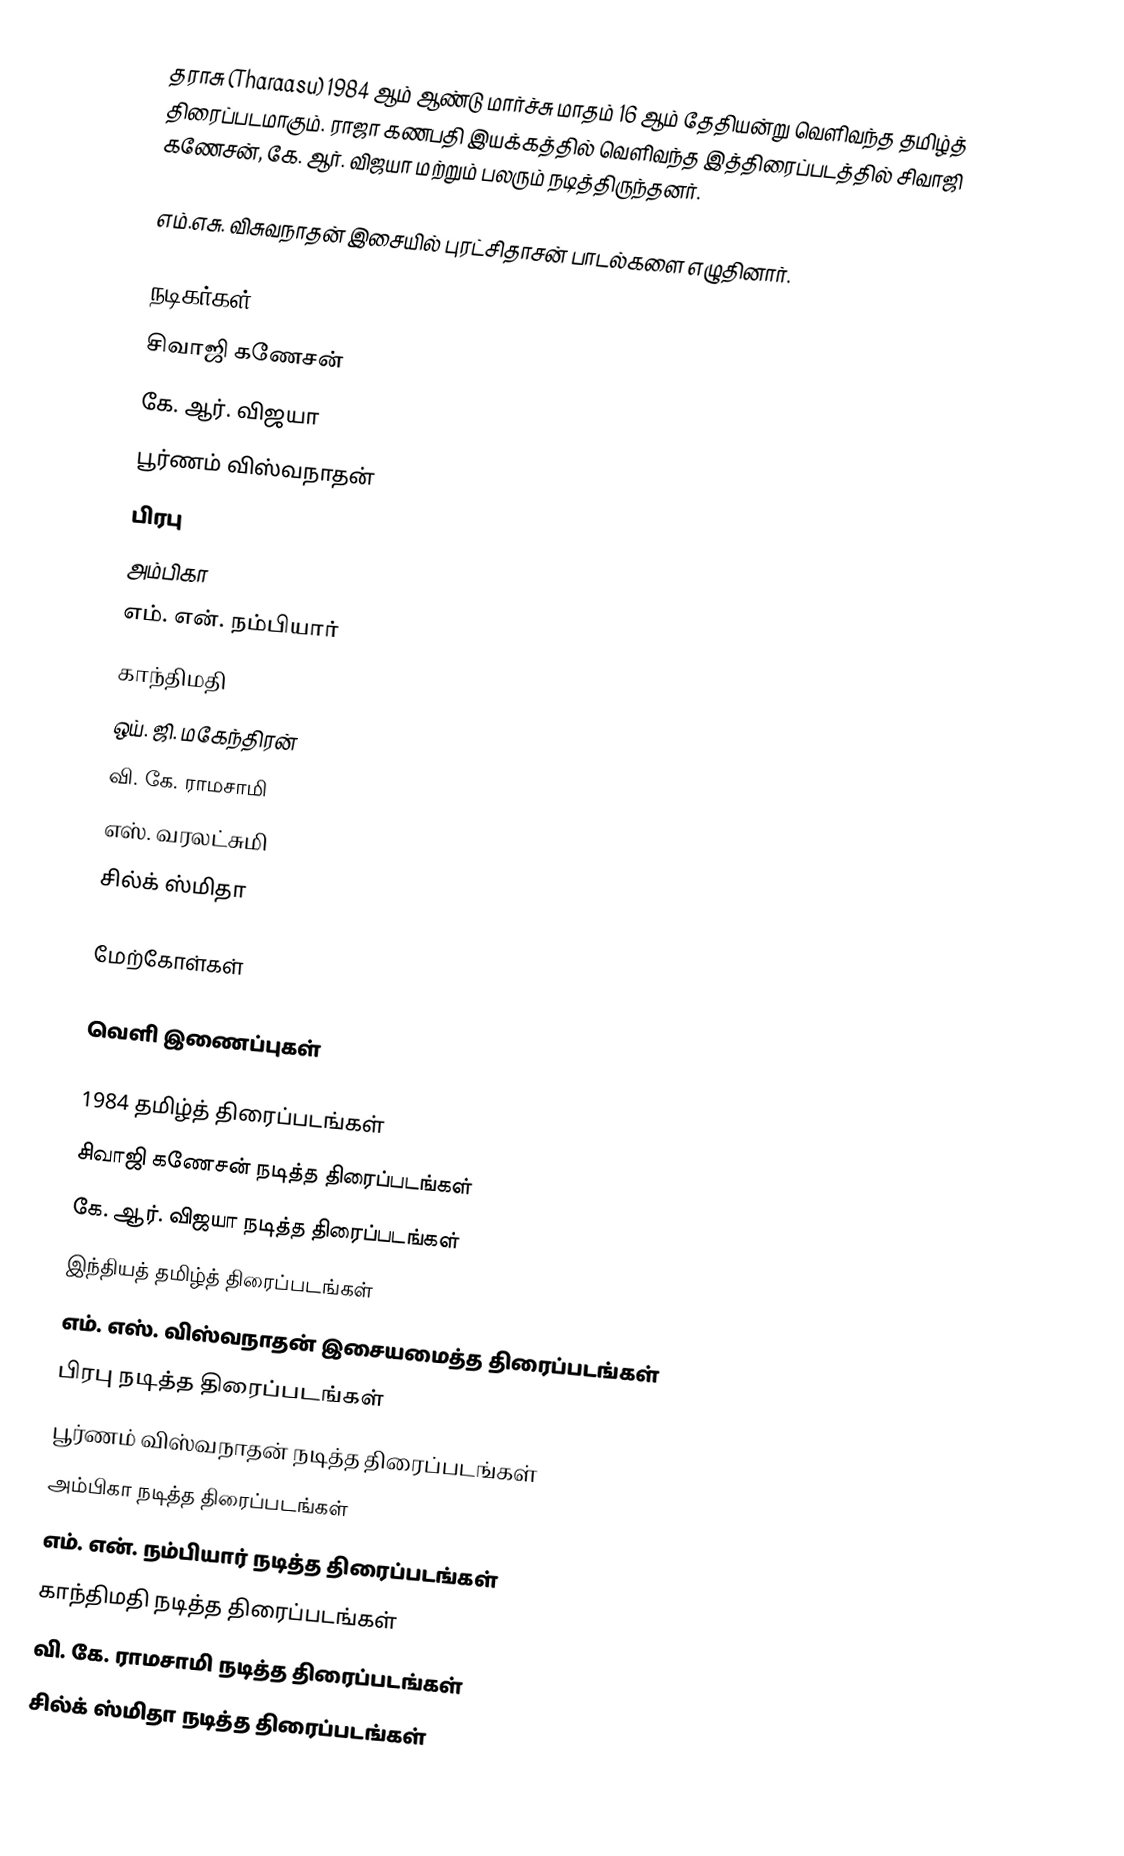
தராசு (Tharaasu) 1984 ஆம் ஆண்டு மார்ச்சு மாதம் 16 ஆம் தேதியன்று வெளிவந்த தமிழ்த் திரைப்படமாகும். ராஜா கணபதி இயக்கத்தில் வெளிவந்த இத்திரைப்படத்தில் சிவாஜி கணேசன், கே. ஆர். விஜயா மற்றும் பலரும் நடித்திருந்தனர்.

எம்.எசு. விசுவநாதன் இசையில் புரட்சிதாசன் பாடல்களை எழுதினார்.

நடிகர்கள்
 சிவாஜி கணேசன்
 கே. ஆர். விஜயா
 பூர்ணம் விஸ்வநாதன்
 பிரபு
 அம்பிகா
 எம். என். நம்பியார்
 காந்திமதி
 ஒய். ஜி. மகேந்திரன்
 வி. கே. ராமசாமி
 எஸ். வரலட்சுமி
 சில்க் ஸ்மிதா

மேற்கோள்கள்

வெளி இணைப்புகள்

1984 தமிழ்த் திரைப்படங்கள்
சிவாஜி கணேசன் நடித்த திரைப்படங்கள்
கே. ஆர். விஜயா நடித்த திரைப்படங்கள்
இந்தியத் தமிழ்த் திரைப்படங்கள்
எம். எஸ். விஸ்வநாதன் இசையமைத்த திரைப்படங்கள்
பிரபு நடித்த திரைப்படங்கள்
பூர்ணம் விஸ்வநாதன் நடித்த திரைப்படங்கள்
அம்பிகா நடித்த திரைப்படங்கள்
எம். என். நம்பியார் நடித்த திரைப்படங்கள்
காந்திமதி நடித்த திரைப்படங்கள்
வி. கே. ராமசாமி நடித்த திரைப்படங்கள்
சில்க் ஸ்மிதா நடித்த திரைப்படங்கள்